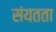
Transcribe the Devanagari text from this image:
संयतता